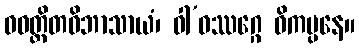
ဝဝတ္ထိတဝိဘာသာယံ၊ ဝါ’ဝဿဂ္ဂေ ဝိကပ္ပနေ။